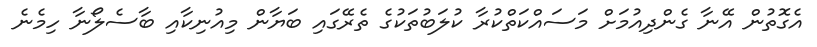
އެގޮތުން އޭނާ ގެންދިއުމަށް މަސައްކަތްކުރާ ކުލަބުތަކުގެ ތެރޭގައި ބަޔާން މިއުނިކާއި ބާސެލޯނާ ހިމެނެ